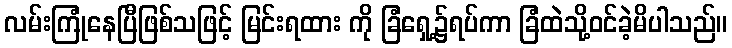
လမ်းကြုံနေပြီဖြစ်သဖြင့် မြင်းရထား ကို ခြံရှေ့၌ရပ်ကာ ခြံထဲသို့ဝင်ခဲ့မိပါသည်။